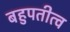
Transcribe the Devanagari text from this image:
बहुपतीत्व